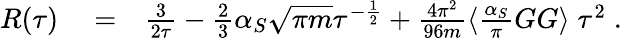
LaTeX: \begin{array}{rlr}{R(\tau)}&{{}=}&{\frac{3}{2\tau}-\frac{2}{3}\alpha_{S}\sqrt{\pi m}\tau^{-\frac{1}{2}}+\frac{4\pi^{2}}{96m}\langle\frac{\alpha_{S}}{\pi}GG\rangle\; \tau^{2}\; .}\end{array}